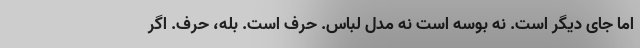
اما جای دیگر است. نه بوسه است نه مدل لباس. حرف است. بله، حرف. اگر